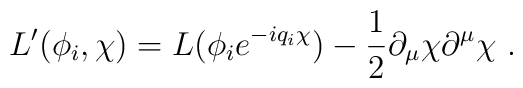
L'(\phi_i,\chi) = L(\phi_i e^{-iq_i\chi}) - \frac{1}{2} \partial_\mu\chi \partial^\mu \chi\ .